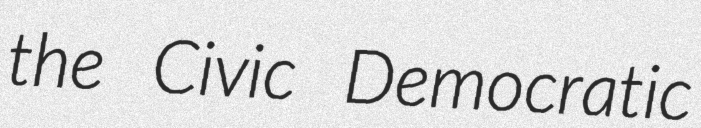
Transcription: the Civic Democratic